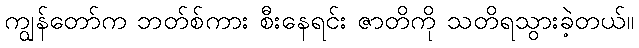
ကျွန်တော်က ဘတ်စ်ကား စီးနေရင်း ဇာတိကို သတိရသွားခဲ့တယ်။